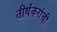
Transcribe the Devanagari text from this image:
तीर्थंकरांची